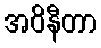
အဝိနီတာ